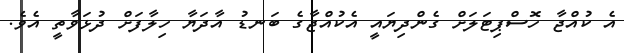
އެ ކުއްޖާ ހޮސްޕިޓަލަށް ގެންދިޔައީ އެކުއްޖާގެ ބަނޑު އާދަޔާ ހިލާފަށް ދުޅަވާތީ އެވެ.